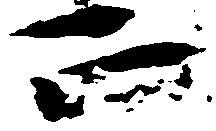
正